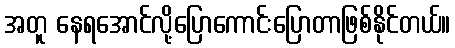
အတူ နေရအောင်လို့ပြောကောင်းပြောတာဖြစ်နိုင်တယ်။